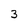
Character: 3